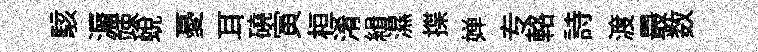
駭漘竦蛻憂耳磽寅桓淆緝濕揲婵专輅詩渡最数